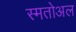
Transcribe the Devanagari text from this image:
स्मतोअल